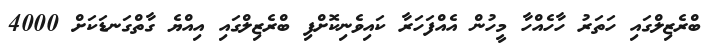
ބްރެޒިލްގައި ހަތަރު ހާހެއްހާ މީހުން އެއްފަހަރާ ކައިވެނިކޮށްފި ބްރެޒިލްގައި އިއްޔެ ގާތްގަނޑަކަށް 4000